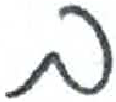
אות: ב